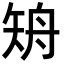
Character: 矪